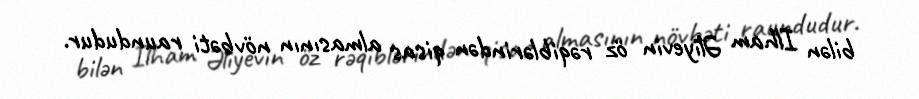
bilən Ilham Əliyevin öz rəqiblərindən qisas almasının növbəti raundudur.